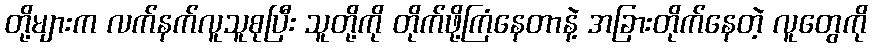
တို့များက လက်နက်လူသူစုပြီး သူတို့ကို တိုက်ဖို့ကြံနေတာနဲ့ အခြားတိုက်နေတဲ့ လူတွေကို